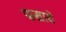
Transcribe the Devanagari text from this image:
फसाये